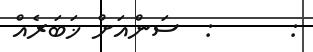
:      :  ސަންއަށް ޚަބަރެއް